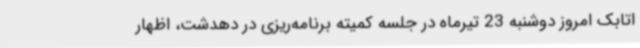
اتابک امروز دوشنبه 23 تیرماه در جلسه کمیته برنامه‌ریزی در دهدشت، اظهار